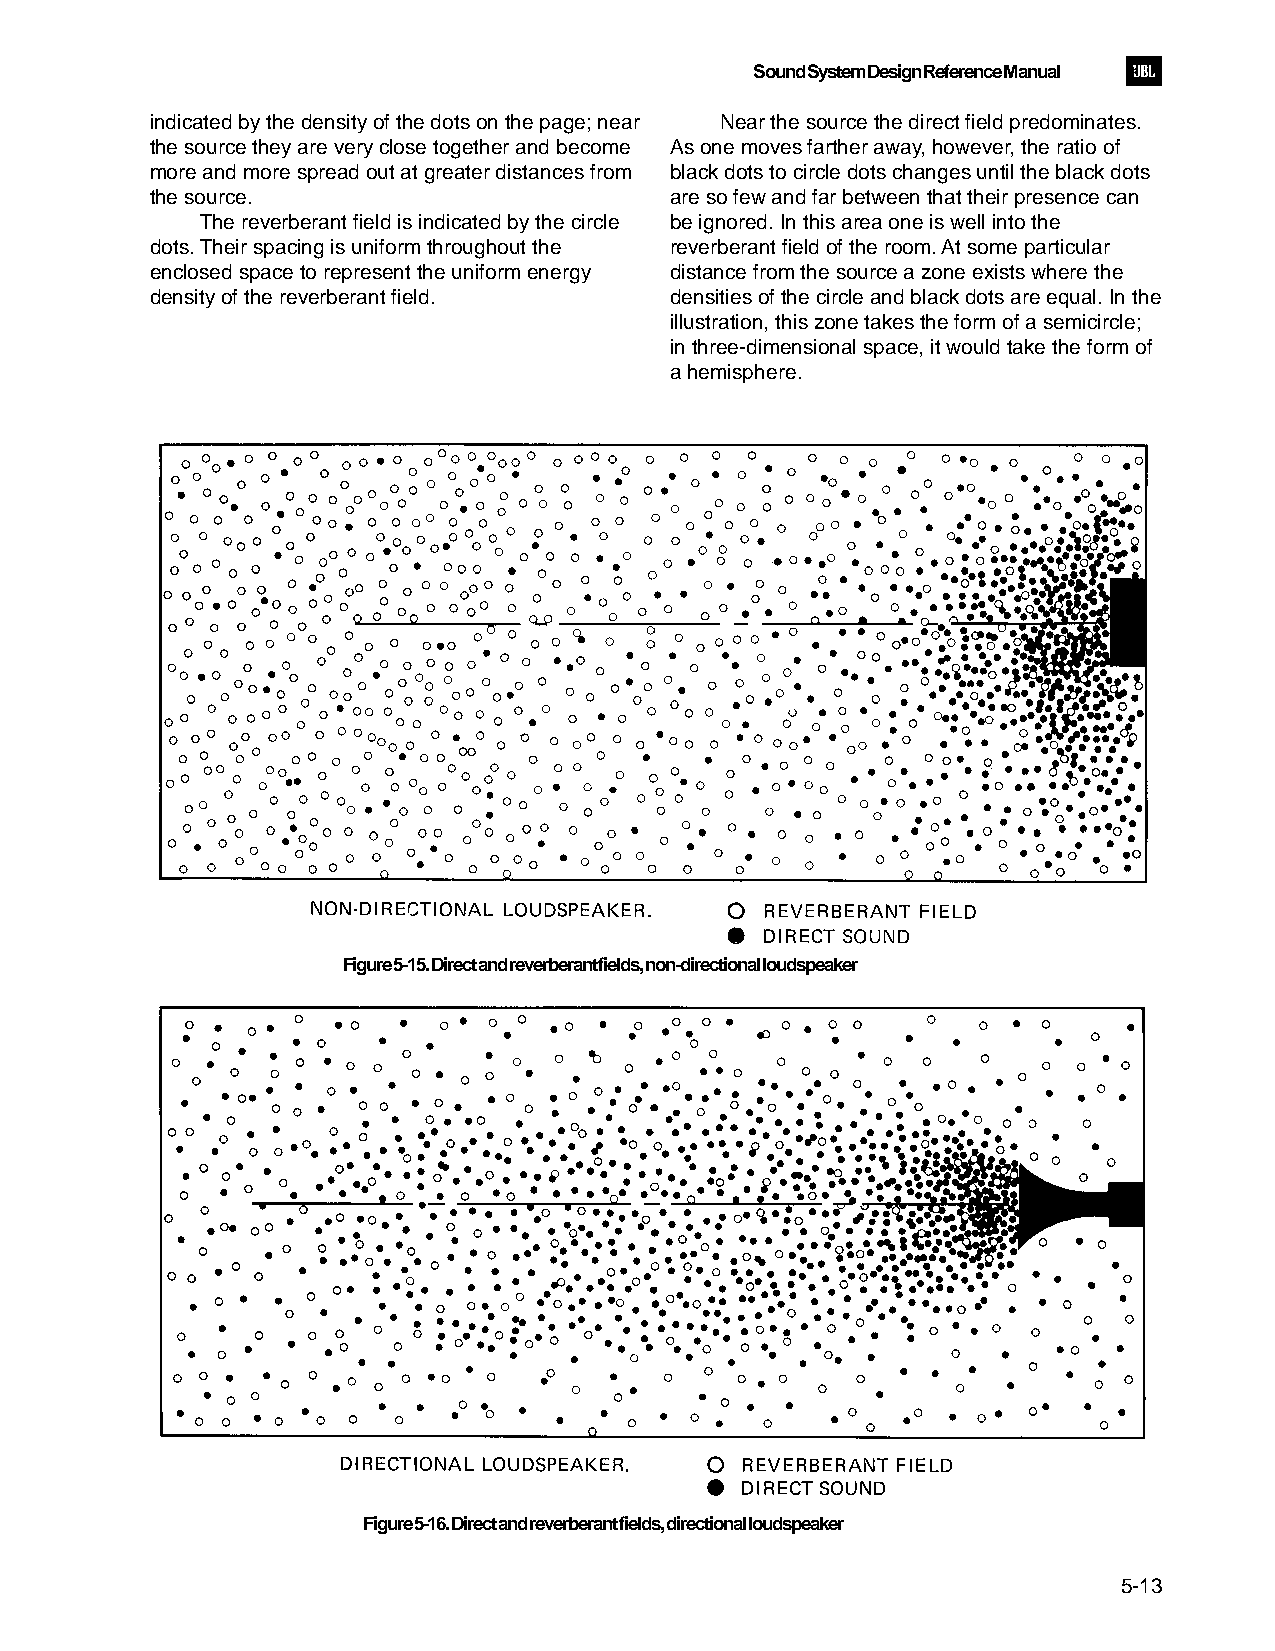
Sound System Design Reference Manual
 indicated by the density of the dots on the page; near Near the source the direct field predominates.
 the source they are very close together and become As one moves farther away, however, the ratio of
 more and more spread out at greater distances from black dots to circle dots changes until the black dots
 the source.                       are so few and far between that their presence can
 The reverberant field is indicated by the circle be ignored. In this area one is well into the
 dots. Their spacing is uniform throughout the reverberant field of the room. At some particular
 enclosed space to represent the uniform energy distance from the source a zone exists where the
 density of the reverberant field. densities of the circle and black dots are equal. In the
 illustration, this zone takes the form of a semicircle;
 in three-dimensional space, it would take the form of
 a hemisphere.
 Figure 5-15. Direct and reverberant fields, non-directional loudspeaker
 Figure 5-16. Direct and reverberant fields, directional loudspeaker
 5-13